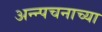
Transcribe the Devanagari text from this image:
अन्न्पचनाच्या